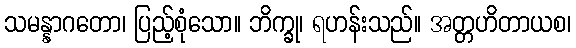
သမန္နာဂတော၊ ပြည့်စုံသော။ ဘိက္ခု၊ ရဟန်းသည်။ အတ္တဟိတာယစ၊